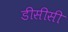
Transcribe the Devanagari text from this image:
डीसीसी